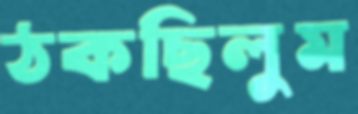
ঠকছিলুম